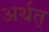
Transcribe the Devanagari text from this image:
अर्थत्